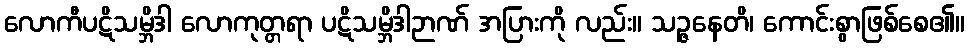
လောကီပဋိသမ္ဘိဒါ လောကုတ္တရာ ပဋိသမ္ဘိဒါဉာဏ် အပြားကို လည်း။ သဉ္ဇနေတိ၊ ကောင်းစွာဖြစ်စေ၏။